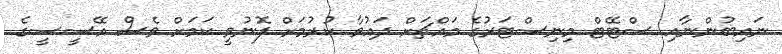
ނައިބުންނާއި ސްޓޭޓް މިނިސްޓަރުގެ މައްޗަށް ދައުވާ ކުރުމަށް ފޮނުވީ ކަމަށް ވެސް އޭސީސީގެ